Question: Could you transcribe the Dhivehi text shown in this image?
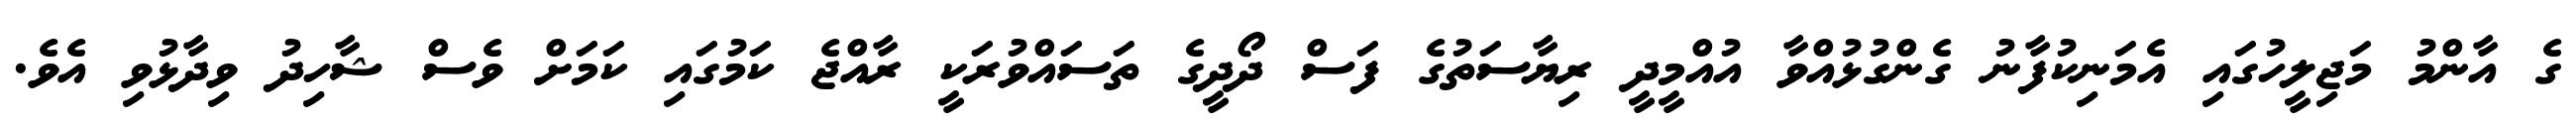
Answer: ގެ އާންމު މަޖިލީހުގައި އެމަނިކުފާނު ގެންގުޅުއްވާ އުއްމީދީ ރިޔާސަތުގެ ފަސް ދޯދީގެ ތަސައްވުރަކީ ރާއްޖެ ކަމުގައި ކަމަށް ވެސް ޝާހިދު ވިދާޅުވި އެވެ.